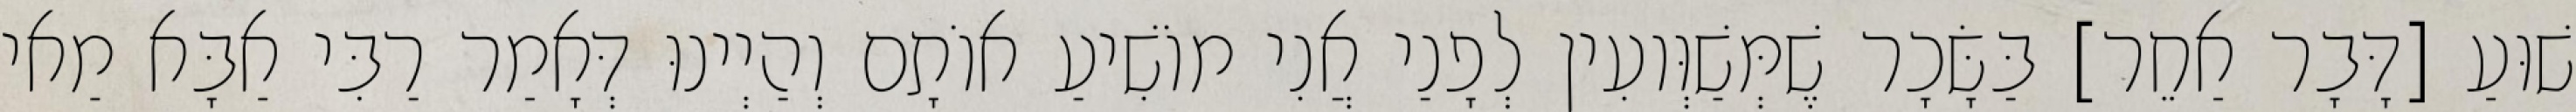
שׁוּעַ [דָּבָר אַחֵר] בַּשָּׂכָר שֶׁמְּשַׁוְּועִין לְפָנַי אֲנִי מוֹשִׁיעַ אוֹתָם וְהַיְינוּ דְּאָמַר רַבִּי אַבָּא מַאי